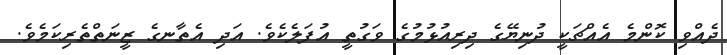
ދެއްވި ކޮންމެ އެއްޗަކީ ދުނިޔޭގެ ދިރިއުޅުމުގެ ވަގުތީ އުފަލެކެވެ. އަދި އެތާނގެ ޒީނަތްތެރިކަމެވެ.